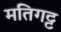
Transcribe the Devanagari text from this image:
मतिगट्ट